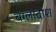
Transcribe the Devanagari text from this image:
बंग्लादाश